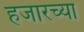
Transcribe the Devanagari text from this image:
हजारच्या